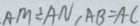
A M \div A N , A B = A C